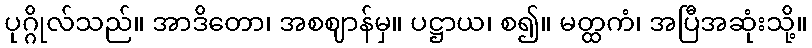
ပုဂ္ဂိုလ်သည်။ အာဒိတော၊ အစဈာန်မှ။ ပဋ္ဌာယ၊ စ၍။ မတ္ထကံ၊ အပြီအဆုံးသို့။